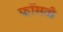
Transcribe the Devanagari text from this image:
फाँसती